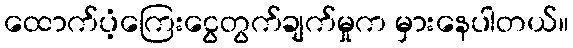
ထောက်ပံ့ကြေးငွေတွက်ချက်မှုက မှားနေပါတယ်။